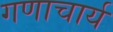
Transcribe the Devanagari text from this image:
गणाचार्य